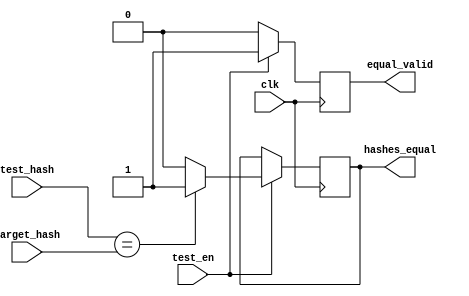
/* Comparator.v
 Used to test for equallity of test and target hashes
 */
module Comparator(input [127:0] target_hash, // hash of the password being guessed
                  input [127:0] test_hash,   // hash of the guess
                  input test_en,             // 1 if testing is enabled
                  input clk,                 // system clock
                  output reg equal_valid,    // 1 if result is valid
                  output reg hashes_equal);  // 1 if target_hash == test_hash

/* on posedge clk, compares test hash to target */
always @ (posedge clk) begin
    if (test_en == 1) begin // only test if enabled
        if (test_hash == target_hash) begin
            hashes_equal <= 1'b1;
            equal_valid  <= 1'b1;
        end else begin
            hashes_equal <= 1'b0;
            equal_valid  <= 1'b1;
        end
    end
    else equal_valid <= 1'b0; // if we're not testing, the result is not valid
end

endmodule // Comparator